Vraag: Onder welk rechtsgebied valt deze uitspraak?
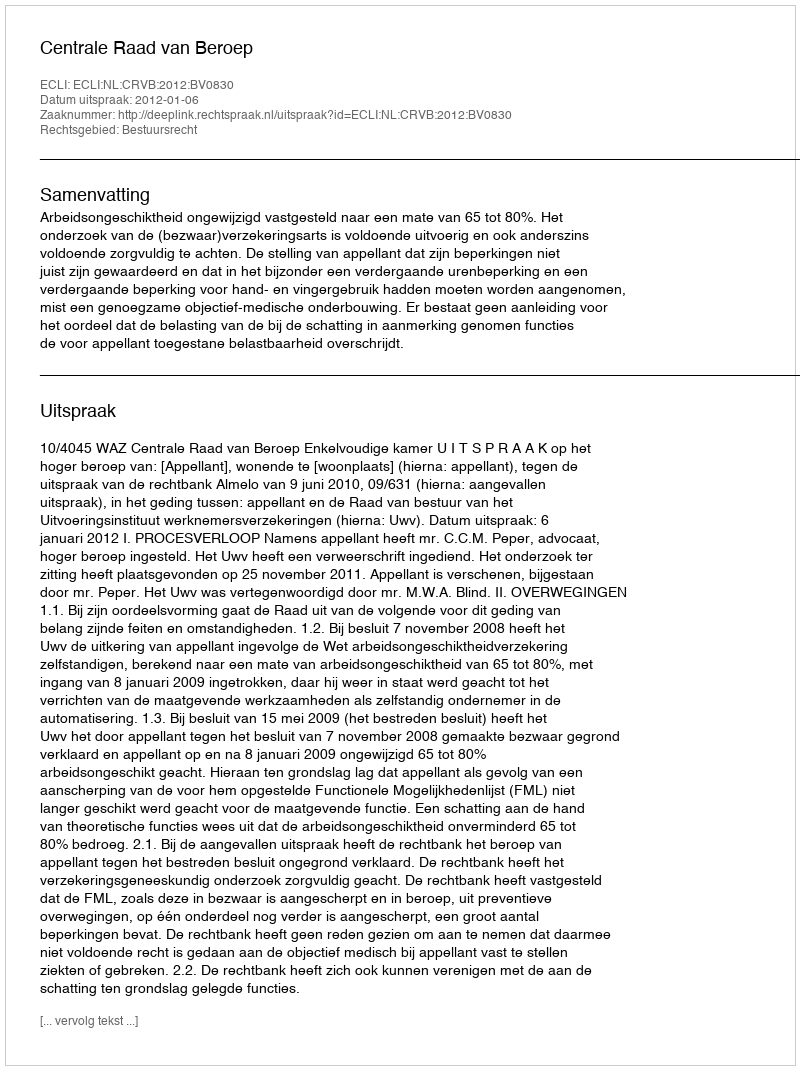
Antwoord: Bestuursrecht